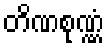
တိဏစုဏ္ဏံ